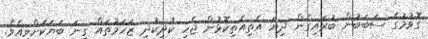
ގޮވުމުގެ ސަބަބުން ބުރައިގެން ދިޔަ އެތިއެތިކޮޅުން ޖެހި ކުދިކުދި ޒަހަމުތައް ގިނަ ބަޔަކަށްވިއެވެ.